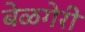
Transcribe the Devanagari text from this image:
बेळगेरी